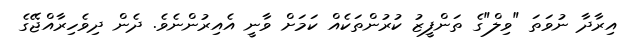
އިރާދާ ނުވަތަ "ވިލް"ގެ ތަންފީޒު ކުރުންތަކެއް ކަމަށް ވާނީ އެއިރުންނެވެ. ދެން ދިވެހިރާއްޖޭގެ